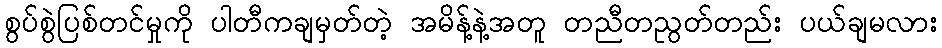
စွပ်စွဲပြစ်တင်မှုကို ပါတီကချမှတ်တဲ့ အမိန့်နဲ့အတူ တညီတညွတ်တည်း ပယ်ချမလား